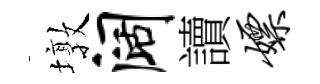
墩阔讀嫖